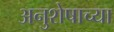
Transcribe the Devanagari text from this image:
अनुशेषाच्या